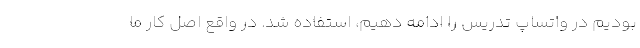
بودیم در واتساپ تدریس را ادامه دهیم، استفاده شد. در واقع اصل کار ما